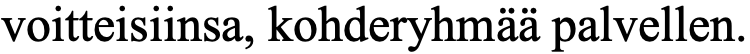
voitteisiinsa, kohderyhmää palvellen.